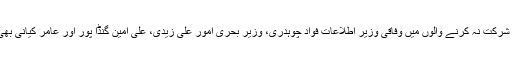
اجلاس میں شرکت نہ کرنے والوں میں وفاقی وزیر اطلاعات فواد چوہدری، وزیر بحری امور علی زیدی، علی امین گنڈا پور اور عامر کیانی بھی شامل ہیں۔